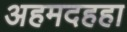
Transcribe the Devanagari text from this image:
अहमदहहा